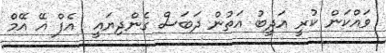
ވައްކަން ކުރީ އަދީބު އަތުން ދަބަސް ގެންދިޔައީ  އެފް އޭ އޭމް